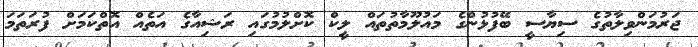
ޖަރުމަންވިލާތުގެ ސިޔާސީ ބޭފުޅުންގެ މައުލޫމާތުތައް ލީކް ކޮށްލުމުގައި ރަޝިއާގެ އަތެއް އޮތްކަމަށް ފުރަތަމަ